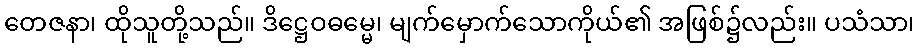
တေဇနာ၊ ထိုသူတို့သည်။ ဒိဋ္ဌေဝဓမ္မေ၊ မျက်မှောက်သောကိုယ်၏ အဖြစ်၌လည်း။ ပသံသာ၊